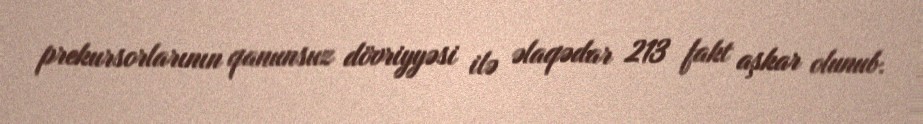
prekursorlarının qanunsuz dövriyyəsi ilə əlaqədar 213 fakt aşkar olunub.